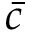
\bar { c }